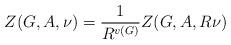
LaTeX: \begin{align*}Z(G,A,\nu)=\frac{1}{R^{v(G)}}Z(G,A,R\nu)\end{align*}